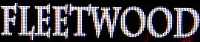
FLEETWOOD